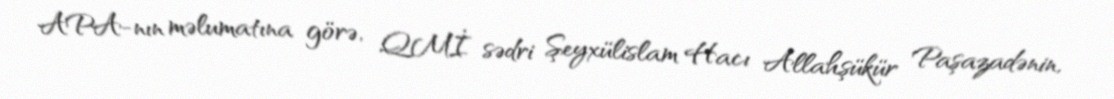
APA-nın məlumatına görə, QMİ sədri Şeyxülislam Hacı Allahşükür Paşazadənin,